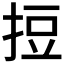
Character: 𢭃